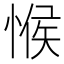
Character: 𢜵